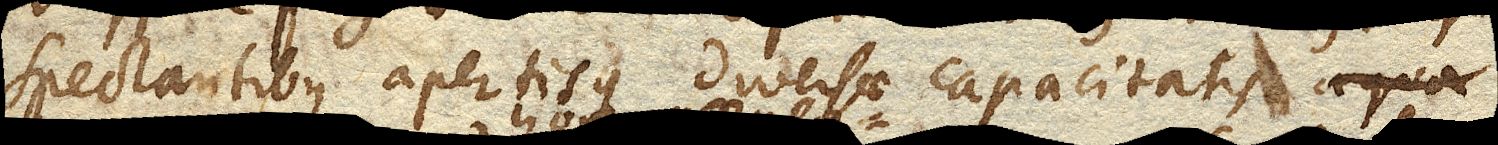
spectantibus apertisque diversae capacitatis aqua